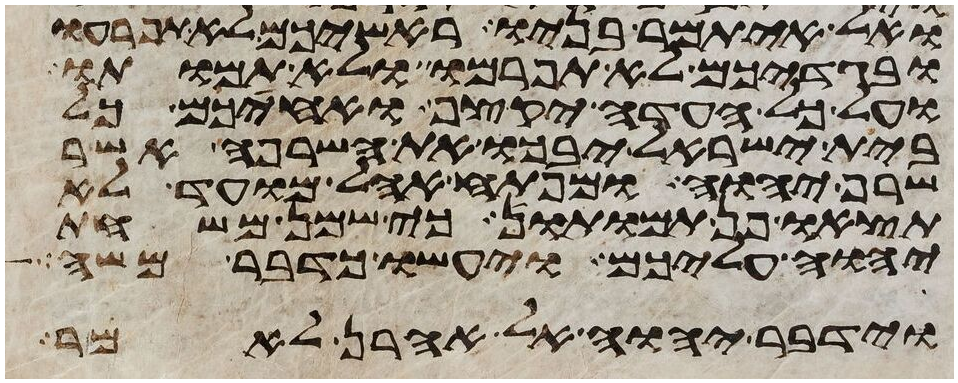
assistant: ואל איתמר בניו ראשיכם לא תפרעו
ובגדיכם לא תפרמו ולא תמותו
ועל כל העדה יקצף ואחיכם כל
בית ישראל יבכו את השרפה אשר
שרף יהוה ומפתח אהל מועד לא
תצאו פן תמותו כי שמן משחת
יהוה עליכם ויעשו כדבר משה
וידבר יהוה אל אהרן לאמר